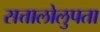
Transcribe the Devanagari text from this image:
सत्तालोलुपता